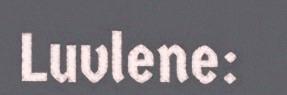
Luvlene: